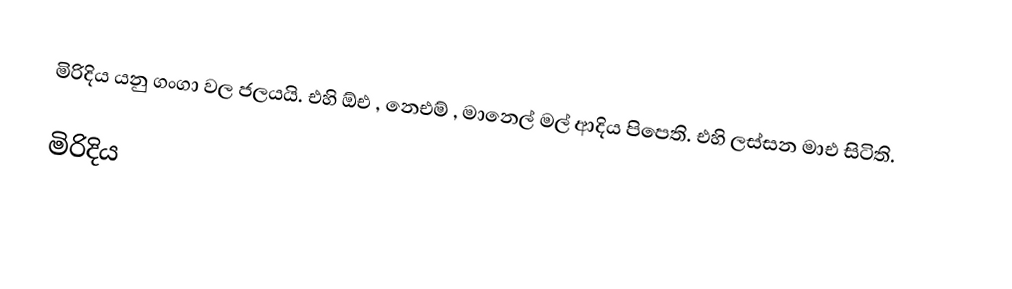
මිරිදිය යනු ගංගා වල ජලයයි. එහි ඕඑ  ,  නෙඑම් , මානෙල් මල් ආදිය පිපෙති. එහි ලස්සන මාඑ සිටිති.

මිරිදිය